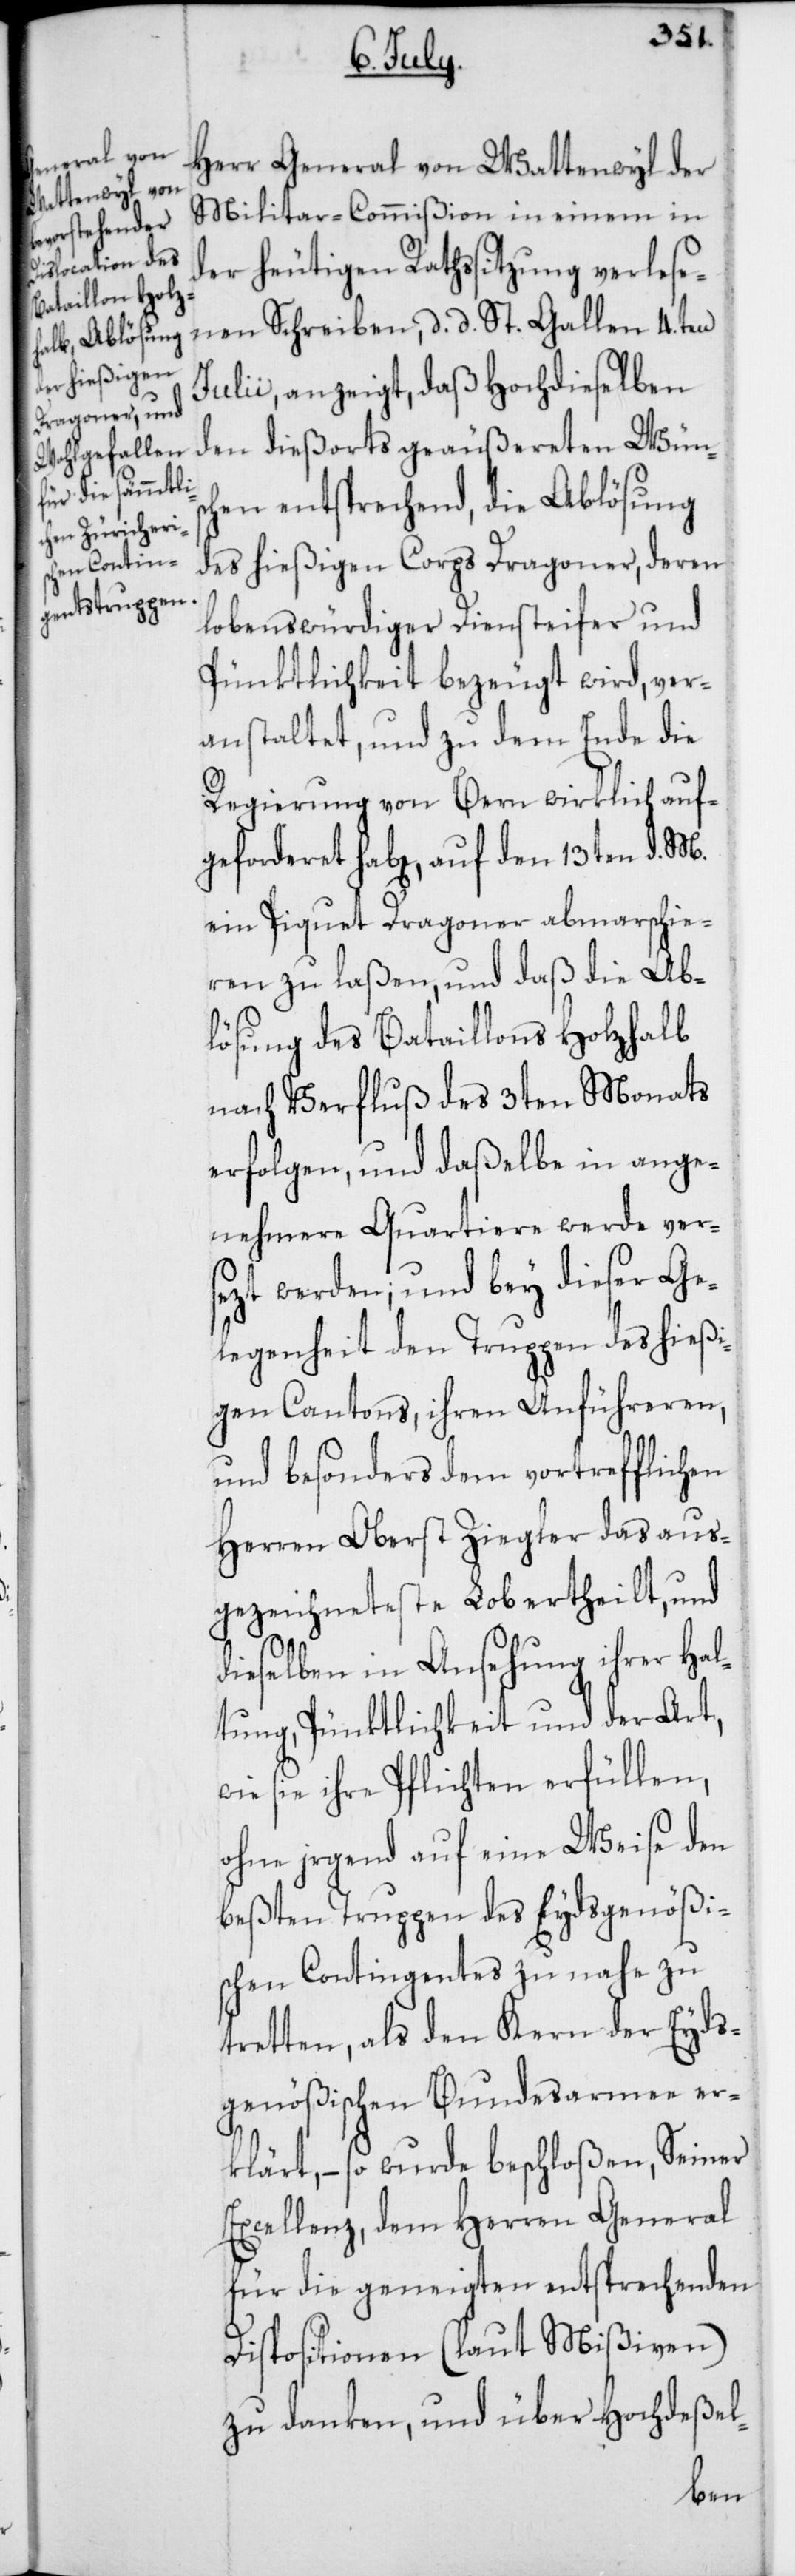
geforderet

Herr General von Wattenwyl der
Militar-Commißion in einem in
der heutigen Rathssitzung verlese¬
nen Schreiben, d. d. St. Gallen 4ten
Julii, anzeigt, daß Hochdieselben
den dießorts geäußereten Wünsc¬
hen entsprechend, die Ablösung
des hießigen Corps Dragoner, deren
lobenswürdiger Diensteifer und
Pünktlichkeit bezeugt wird, ver¬
anstaltet, und zu dem Ende die
Regierung von Bern wirklich auf¬
ein Piquet Dragoner abmarschie¬
ren zu laßen, und daß die Ab¬
lösung des Bataillons Holzhalb
nach Verfluß des 3ten Monats
erfolgen, und daßelbe in ange¬
nehmere Quartiere werde ver¬
sezt werden; und bey dieser Ge¬
legenheit den Truppen des hießi¬
gen Cantons, ihren Anführeren,
und besonders dem vortrefflichen
Herren Oberst Ziegler das aus¬
gezeichneteste Lob ertheilt, und
dieselben in Ansehung ihrer Hal¬
tung, Pünktlichkeit und der Art,
wie sie ihre Pflichten erfüllen,
ohne irgend auf eine Weise den
beßten Truppen des Eydsgenößi¬
schen Contingents zu nahe zu
tretten, als den Kern der Eyds¬
genößischen Bundesarmee er¬
klärt, – so wurde beschloßen, Seiner
Excellenz, dem Herren General
für die geneigten entsprechenden
Dispositionen (laut Mißiven)
zu danken, und über hochdeßel-
den